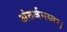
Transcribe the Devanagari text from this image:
अंतर्जनस्तर।